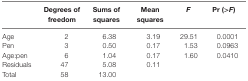
|  | Degrees of freedom | Sums of squares | Mean squares | F | Pr (>F) |
 | --- | --- | --- | --- | --- | --- |
 | Age | 2 | 6.38 | 3.19 | 29.51 | 0.0001 |
 | Pen | 3 | 0.50 | 0.17 | 1.53 | 0.0963 |
 | Age:pen | 6 | 1.04 | 0.17 | 1.60 | 0.0410 |
 | Residuals | 47 | 5.08 | 0.11 |  |  |
 | Total | 58 | 13.00 |  |  |  |